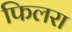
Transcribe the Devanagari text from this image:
फिलरा